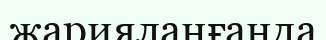
жарияланғанда